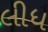
લીધ